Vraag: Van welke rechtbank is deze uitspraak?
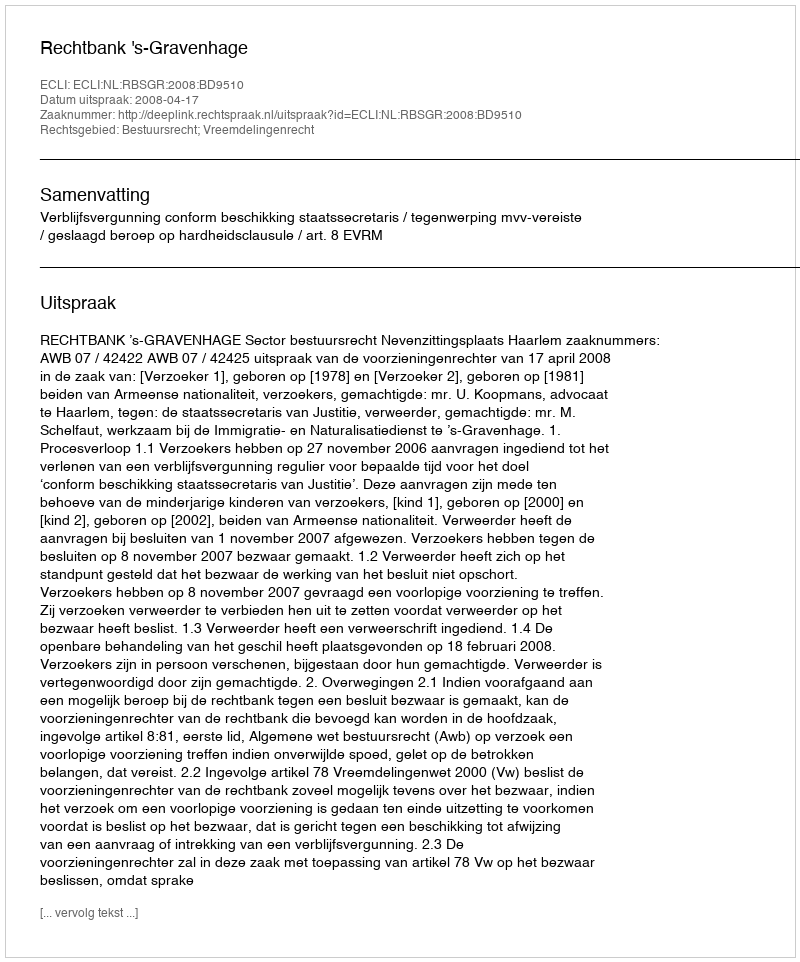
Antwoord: Rechtbank 's-Gravenhage